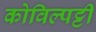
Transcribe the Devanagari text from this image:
कोविल्पट्टी